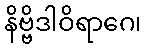
နိဗ္ဗိဒါဝိရာဂေ၊